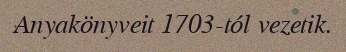
Anyakönyveit 1703-tól vezetik.